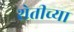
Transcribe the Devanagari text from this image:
शेतीच्‍या